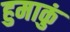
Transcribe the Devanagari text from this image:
हुमाकुं